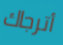
أترجاك